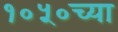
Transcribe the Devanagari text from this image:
१०५०च्या